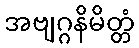
အဗျဂ္ဂနိမိတ္တံ